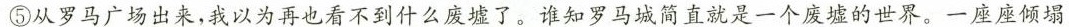
⑤从罗马广场出来，我以为再也看不到什么废墟了。谁知罗马城简直就是一个废墟的世界。一座座倾塌